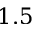
1 . 5